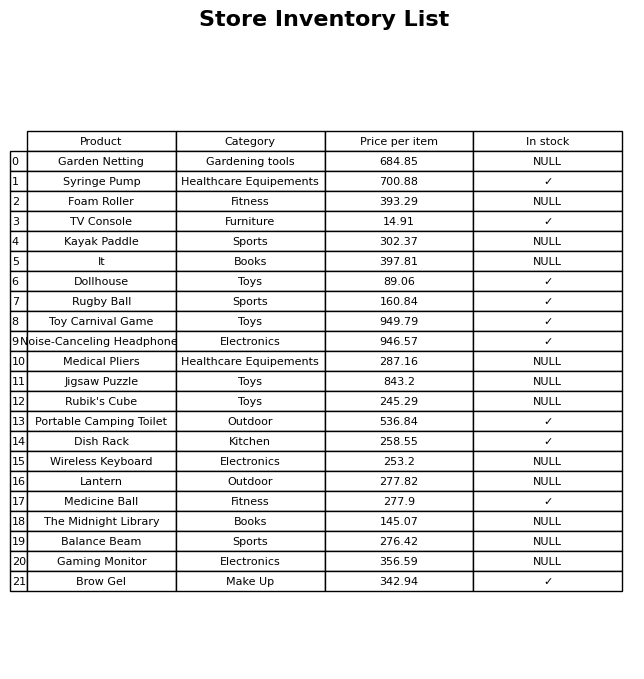
question: Which products are available in stock?
answer: Syringe Pump, TV Console, Dollhouse, Rugby Ball, Toy Carnival Game, Noise-Canceling Headphones, Portable Camping Toilet, Dish Rack, Medicine Ball, Brow Gel